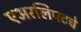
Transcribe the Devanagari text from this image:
एअरलिफ्टचे